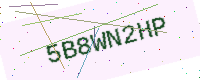
Text: 5B8WN2HP